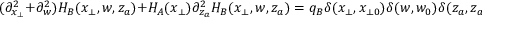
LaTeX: ( \partial _ { x _ { \perp } } ^ { 2 } + \partial _ { w } ^ { 2 } ) H _ { B } ( x _ { \perp } , w , z _ { a } ) + H _ { A } ( x _ { \perp } ) \partial _ { z _ { a } } ^ { 2 } H _ { B } ( x _ { \perp } , w , z _ { a } ) = q _ { B } \delta ( x _ { \perp } , x _ { \perp 0 } ) \delta ( w , w _ { 0 } ) \delta ( z _ { a } , z _ { a 0 } ) ,